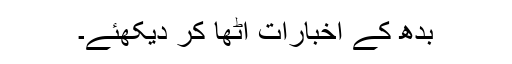
بدھ کے اخبارات اٹھا کر دیکھئے۔